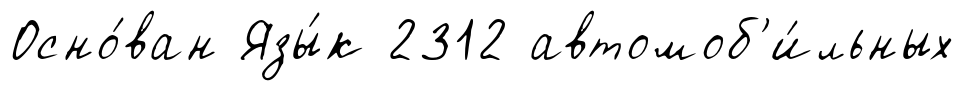
Осно́ван Язы́к 2312 автомоб'и́льных